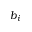
b _ { i }